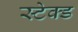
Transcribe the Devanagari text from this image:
स्टेक्ड